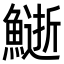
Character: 𩻔